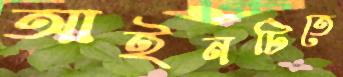
আইনটিতে